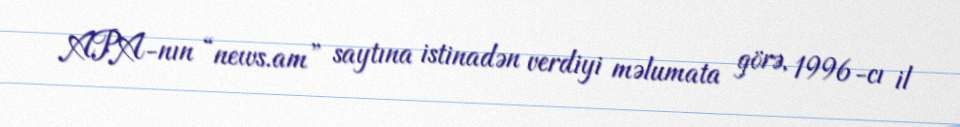
APA-nın “news.am” saytına istinadən verdiyi məlumata görə, 1996-cı il